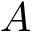
A